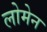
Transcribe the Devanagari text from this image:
लोमेन